Code of medical and sanitary regulations for the guidance of medical officers serving in the Madras Presidency - Volume I
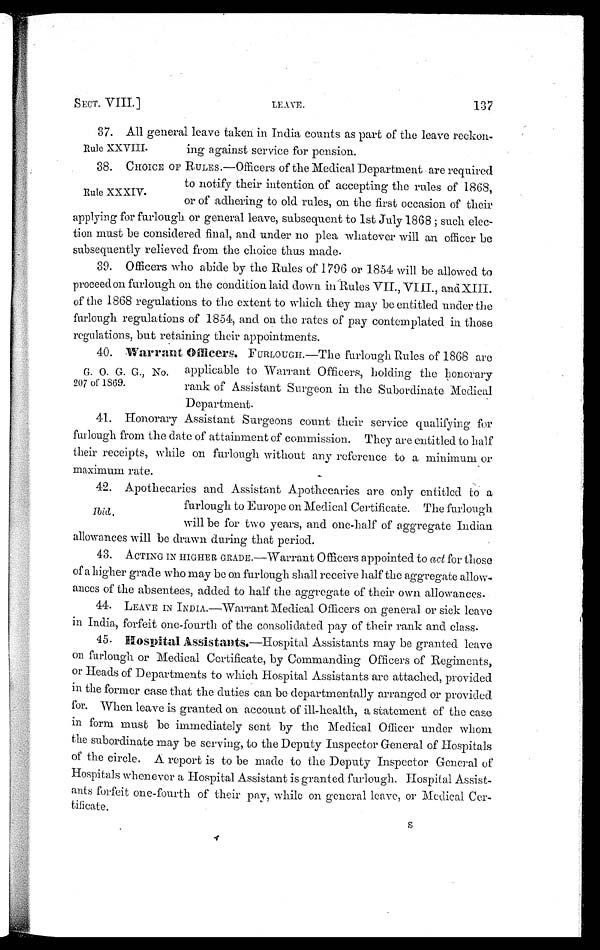
SECT. VIII.]
LEAVE.
137
37. All general leave taken in India counts as part of the leave reckon-
ing against service for pension.
38. CHOICE OF Runs.—Officers of the Medical Department are required
to notify their intention of accepting the rules of 1868,
or of adhering to old rules, on the first occasion of their
applying for furlough or general leave, subsequent to 1st July 1868 such elec-
tion must be considered final, and under no plea whatever will an officer be
subsequently relieved from the choice thus made.
39. Officers who abide by the Rules of 1796 or 1854 will be allowed to
proceed on furlough on the condition laid down in-Rules VII., VIII., and XIII.
of the 1868 regulations to the extent to which they may be entitled under the
furlough regulations of 1854, and on the rates of pay contemplated in those
regulations, but retaining their appointments.
40. Warrant Officers.FURLOUGH.—The furlough Rules of 1868 are
applicable to Warrant Officers, holding the honorary
rank of Assistant Surgeon in the Subordinate Medical
Department.
41. Honorary Assistant Surgeons count their service qualifying for
furlough from the date of attainment of commission. They are entitled to half
their receipts, while on furlough without any reference to a minimum or
maximum rate.
42. Apothecaries and Assistant Apothecaries are only entitled to a
furlough to Europe on Medical Certificate. The furlough
will be for two years, and one-half of aggregate Indian
allowances will be drawn during that period.
43. ACTING IN HIGHER GRADE.—Warrant Officers appointed to act for those
of a higher grade who may be on furlough shall receive half the aggregate allow-
ances of the absentees, added to half the aggregate of their own allowances.
44. LEAVE IN INDIA.—Warrant Medical Officers on general or sick leave
in India, forfeit one-fourth of the consolidated pay of their rank and class.
45. Hospital Assistants.—Hospital Assistants may be granted leave
on furlough or Medical Certificate, by Commanding Officers of Regiments,
or Heads of Departments to which Hospital Assistants are attached, provided
in the former case that the duties can be departmentally arranged or provided
for. When leave is granted on account of ill-health, a statement of the case
in form must be immediately sent by the Medical Officer under whom
the subordinate may be serving, to the Deputy Inspector General of Hospitals
of the circle. A report is to be made to the Deputy Inspector General of
Hospitals whenever a Hospital Assistant is granted furlough. Hospital Assist-
ants forfeit one-fourth of their pay, while on general leave, or Medical Cer-
tificate.
S
Rule XXVIII.
Rule XXXIV.
G. O. G. G., No.
207 of 1869.